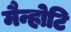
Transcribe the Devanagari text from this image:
मैन्होटि